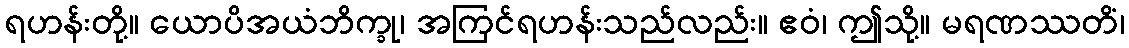
ရဟန်းတို့။ ယောပိအယံဘိက္ခု၊ အကြင်ရဟန်းသည်လည်း။ ဧဝံ၊ ဤသို့။ မရဏဿတိံ၊